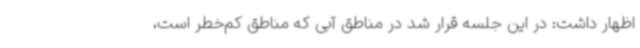
اظهار داشت: در این جلسه قرار شد در مناطق آبی که مناطق کم‌خطر است،